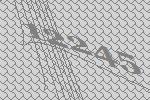
12245